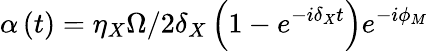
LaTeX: \alpha\left(t\right)=\eta_{X}\Omega/2\delta_{X}\left(1-e^{-i\delta_{X}t}\right)e^{-i\phi_{M}}